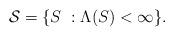
LaTeX: \begin{align*}\mathcal S=\{S~: \Lambda(S)<\infty\}.\end{align*}